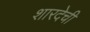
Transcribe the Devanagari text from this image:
शारदेची